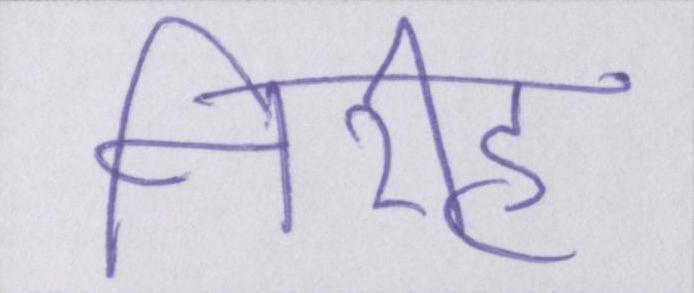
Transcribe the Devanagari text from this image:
निरीह